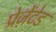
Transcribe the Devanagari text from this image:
प्रेज़ेंटेड